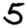
Digit: 5